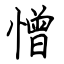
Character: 憎